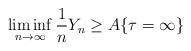
LaTeX: \begin{align*} \liminf_{n \rightarrow \infty} \frac{1}{n} Y_n \geq A \{\tau=\infty\}\end{align*}